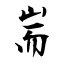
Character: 耑